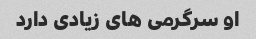
او سرگرمی های زیادی دارد